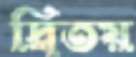
দ্বিতয়